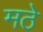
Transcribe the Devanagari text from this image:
मठे